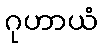
ဂုဟာယံ